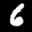
Label: 6